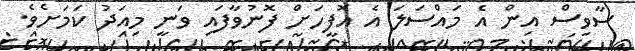
ސާވިސް އިން އެ މައްސަލަ އެ އޮފީހަށް ފޮނުވާފައި ވަނީ މިއަދު ކަމަށެވެ.